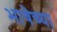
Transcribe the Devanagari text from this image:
भाषेच्‍या